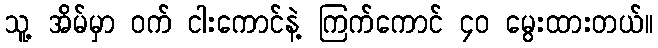
သူ့ အိမ်မှာ ဝက် ငါးကောင်နဲ့ ကြက်ကောင် ၄၀ မွေးထားတယ်။